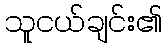
သူငယ်ချင်း၏